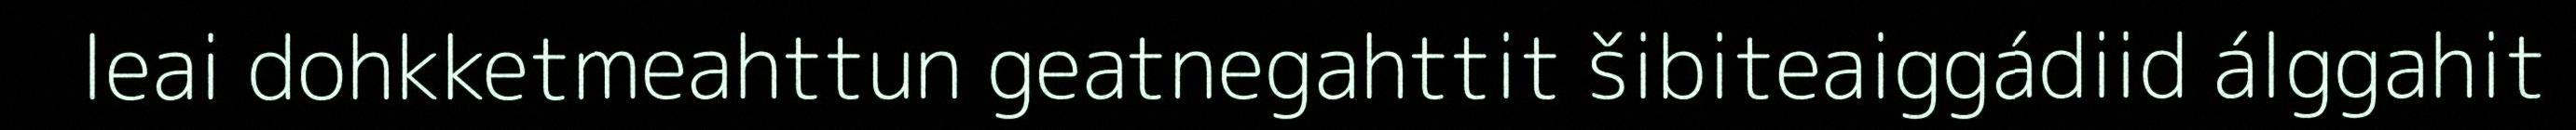
leai dohkketmeahttun geatnegahttit šibiteaiggádiid álggahit